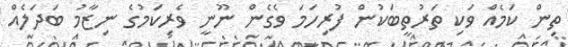
ތިން ކަމެއް ވަކި ތަރުތީބަކުން ފުރިހަމަ ވެގެން ނޫނީ ވެރިކަމުގެ ނިޒާމު ބަދަލެއް